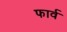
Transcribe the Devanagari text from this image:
फार्व